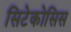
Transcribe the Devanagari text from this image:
सिटेकोसिस